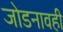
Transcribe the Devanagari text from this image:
जोडनावही